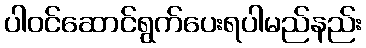
ပါဝင်ဆောင်ရွက်ပေးရပါမည်နည်း